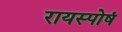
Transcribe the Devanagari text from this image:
रायस्पोषं